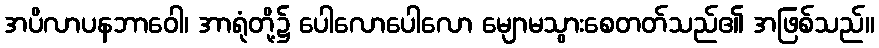
အပိလာပနဘာဝေါ၊ အာရုံတို့၌ ပေါလောပေါလော မျောမသွားစေတတ်သည်၏ အဖြစ်သည်။